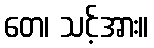
တေ၊ သင့်အား။